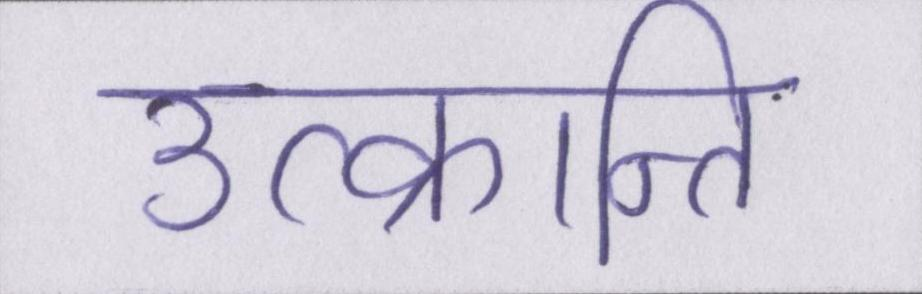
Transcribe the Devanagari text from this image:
उत्क्रान्ति